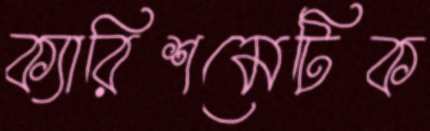
ক্যারিশমেটিক